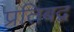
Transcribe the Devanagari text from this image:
प्रतिबद्व